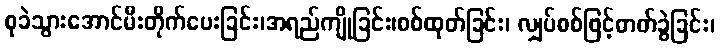
စုခဲသွားအောင်မီးတိုက်ပေးခြင်း၊အရည်ကျိုခြင်း၊စစ်ထုတ်ခြင်း၊ လျှပ်စစ်ဖြင့်ဓာတ်ခွဲခြင်း၊